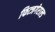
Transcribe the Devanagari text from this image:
फित्जगेराल्ड